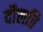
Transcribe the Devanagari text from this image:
दौलति